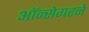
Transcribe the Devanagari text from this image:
ऑन्सेगरने